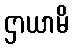
ဌာယာမိ